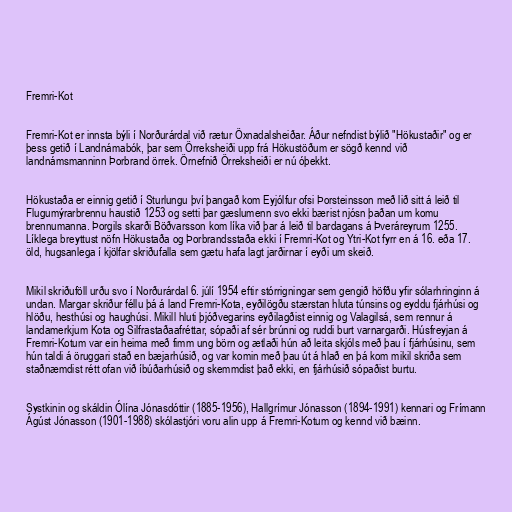
Fremri-Kot

Fremri-Kot er innsta býli í Norðurárdal við rætur Öxnadalsheiðar. Áður nefndist býlið "Hökustaðir" og er
þess getið í Landnámabók, þar sem Örreksheiði upp frá Hökustöðum er sögð kennd við
landnámsmanninn Þorbrand örrek. Örnefnið Örreksheiði er nú óþekkt.

Hökustaða er einnig getið í Sturlungu því þangað kom Eyjólfur ofsi Þorsteinsson með lið sitt á leið til
Flugumýrarbrennu haustið 1253 og setti þar gæslumenn svo ekki bærist njósn þaðan um komu
brennumanna. Þorgils skarði Böðvarsson kom líka við þar á leið til bardagans á Þveráreyrum 1255.
Líklega breyttust nöfn Hökustaða og Þorbrandsstaða ekki í Fremri-Kot og Ytri-Kot fyrr en á 16. eða 17.
öld, hugsanlega í kjölfar skriðufalla sem gætu hafa lagt jarðirnar í eyði um skeið.

Mikil skriðuföll urðu svo í Norðurárdal 6. júlí 1954 eftir stórrigningar sem gengið höfðu yfir sólarhringinn á
undan. Margar skriður féllu þá á land Fremri-Kota, eyðilögðu stærstan hluta túnsins og eyddu fjárhúsi og
hlöðu, hesthúsi og haughúsi. Mikill hluti þjóðvegarins eyðilagðist einnig og Valagilsá, sem rennur á
landamerkjum Kota og Silfrastaðaafréttar, sópaði af sér brúnni og ruddi burt varnargarði. Húsfreyjan á
Fremri-Kotum var ein heima með fimm ung börn og ætlaði hún að leita skjóls með þau í fjárhúsinu, sem
hún taldi á öruggari stað en bæjarhúsið, og var komin með þau út á hlað en þá kom mikil skriða sem
staðnæmdist rétt ofan við íbúðarhúsið og skemmdist það ekki, en fjárhúsið sópaðist burtu.

Systkinin og skáldin Ólína Jónasdóttir (1885-1956), Hallgrímur Jónasson (1894-1991) kennari og Frímann
Ágúst Jónasson (1901-1988) skólastjóri voru alin upp á Fremri-Kotum og kennd við bæinn.